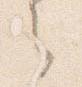
之